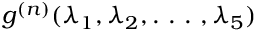
g ^ { ( n ) } ( \lambda _ { 1 } , \lambda _ { 2 } , . ~ . ~ . ~ , \lambda _ { 5 } )